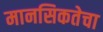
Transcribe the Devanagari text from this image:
मानसिकतेचा